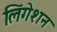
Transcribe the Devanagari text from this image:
लिंगेशन